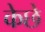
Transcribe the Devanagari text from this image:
केछे